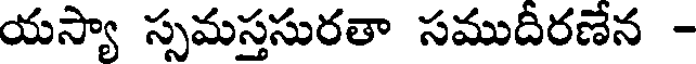
యస్యా స్సమస్తసురతా సముదీరణేన -